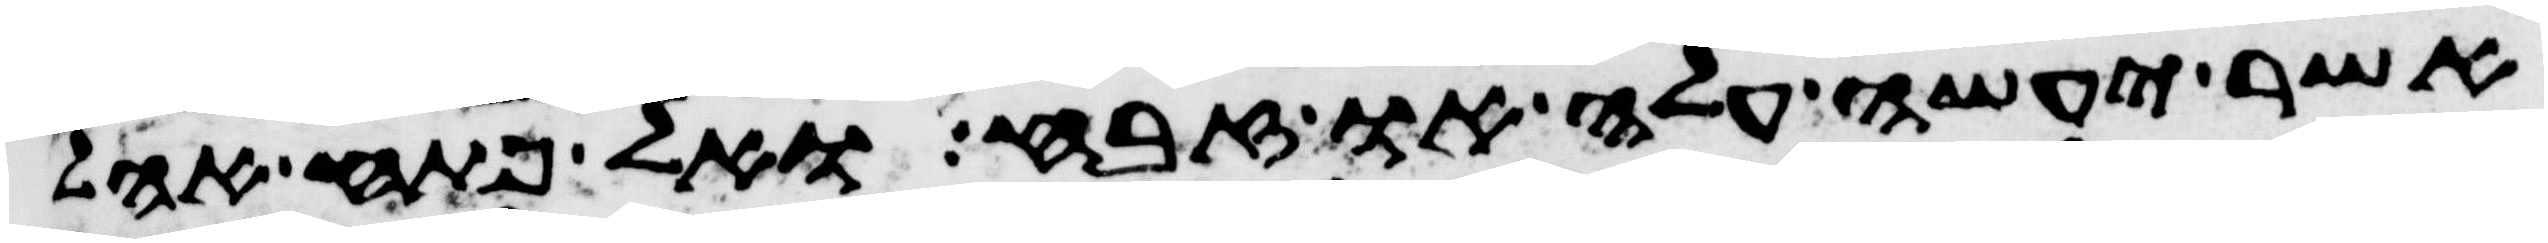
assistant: אשר יעשה עלה או זבח ואל פתח אהל